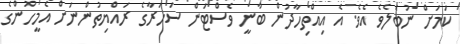
ކަމަށް ނުބެލެވެ އެވެ. އެ އިއްތިހާދުން ބުނީ ވެސްޓަން ސަހަރާގެ ރައްޔިތުންނަށް އެމީހުންގެ